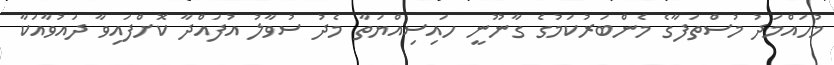
މުހައްމަދު މުސްތަފާގެ މެންބަރުކަމުގެ ގާނޫނީ ހައިސިއްޔަތާ މެދު ސުވާލު އުފައްދާ ކޮށްފަައިވާ ދައުވާއަކާ